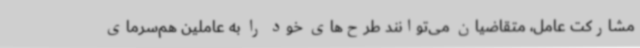
مشارکت عامل، متقاضیان می‌توانند طرح‌های خود را به عاملین هم‌سرمای